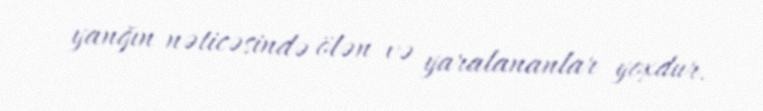
yanğın nəticəsində ölən və yaralananlar yoxdur.